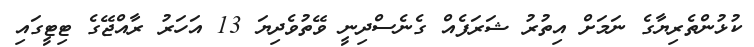
ކުޅުންތެރިޔާގެ ނަމަށް އިތުރު ޝަރަފެއް ގެނެސްދިނީ ވޭތުވެދިޔަ 13 އަހަރު ރާއްޖޭގެ ޓިޓީގައި